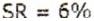
SR = 6%